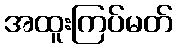
အထူးကြပ်မတ်